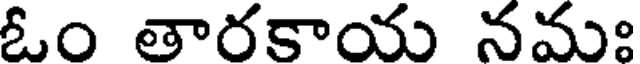
ఓం తారకాయ నమః